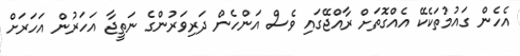
އެހެން ގައުމުތަކެކޭ އެއްގޮތަށް ރާއްޖޭގައި ވެސް އަންހެން ދަރިވަރުންގެ ނަތީޖާ އަހަރުން އަހަރަށް